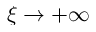
\xi \to + \infty